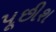
પૂછીશ